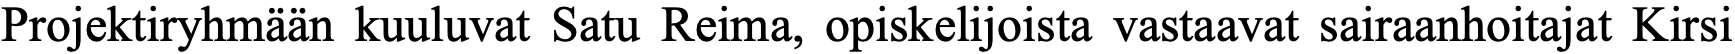
Projektiryhmään kuuluvat Satu Reima, opiskelijoista vastaavat sairaanhoitajat Kirsi